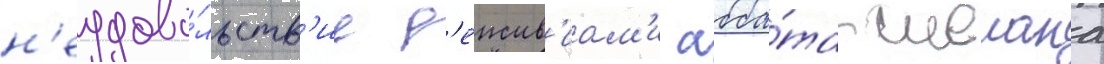
н'еудово́льств'ие д'еиств'иам'и абба́та шелана